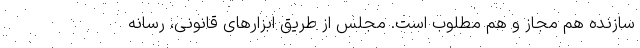
سازنده هم مجاز و هم مطلوب است. مجلس از طریق ابزارهای قانونی، رسانه